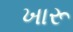
ખારૂ